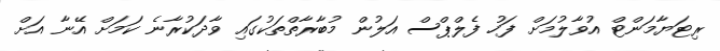
ރިޓަޔާމަންޓް އުވާލުމަށް ފަހު ފެލްޕްސް އަލުން މުބާރާތްތަކުގައި ވާދަކުރާނެ ކަމަށް އޭނާ އަށް